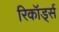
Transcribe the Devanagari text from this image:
रिकॉड्‌र्स